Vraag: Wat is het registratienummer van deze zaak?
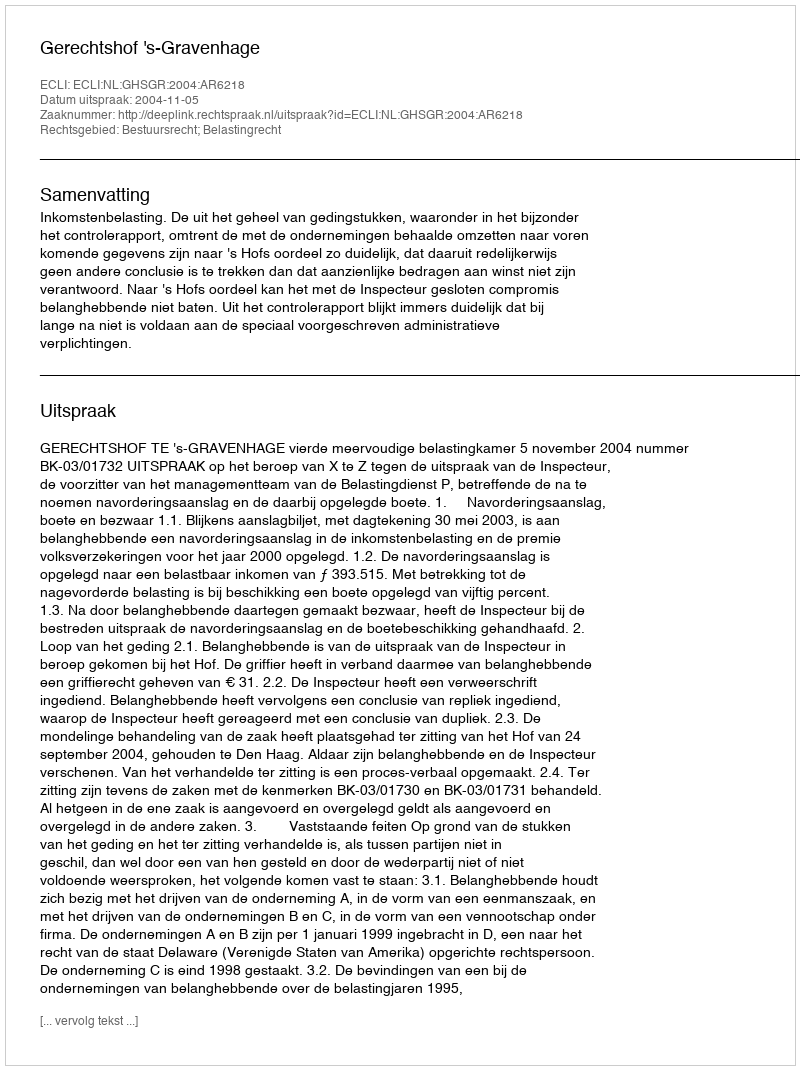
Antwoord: http://deeplink.rechtspraak.nl/uitspraak?id=ECLI:NL:GHSGR:2004:AR6218